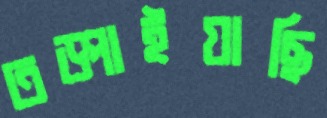
তড়্‌পাইয়াছি